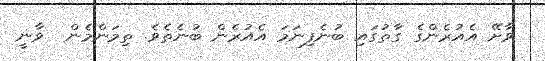
ވާށޭ އެއުރެންގެ ގާތުގައި ބުނެފިނަމަ އެއުރެން ބުނެތެވެ. ތިމަންމެން  ވާނީ